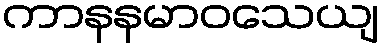
ကာနနမာဝသေယျ